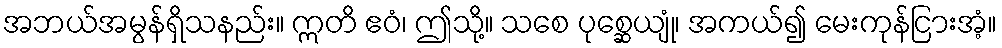
အဘယ်အမွန်ရှိသနည်း။ ဣတိ ဧဝံ၊ ဤသို့။ သစေ ပုစ္ဆေယျုံ၊ အကယ်၍ မေးကုန်ငြားအံ့။